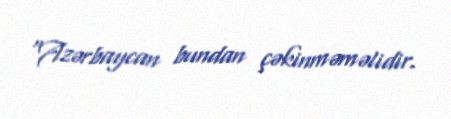
“Azərbaycan bundan çəkinməməlidir.